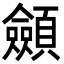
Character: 顩